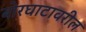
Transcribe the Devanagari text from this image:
बोरघाटावरील